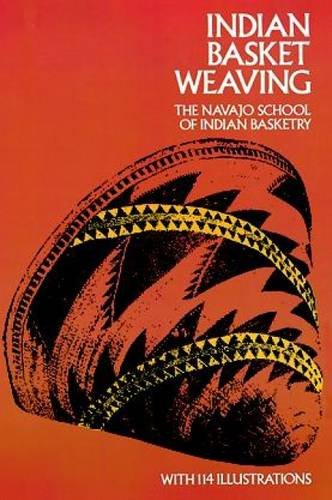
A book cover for Indian Basket Weaving; Navajo School of Indian Basketry; Crafts, Hobbies & Home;